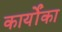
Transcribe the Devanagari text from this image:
कार्योंका